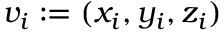
v _ { i } : = ( x _ { i } , y _ { i } , z _ { i } )